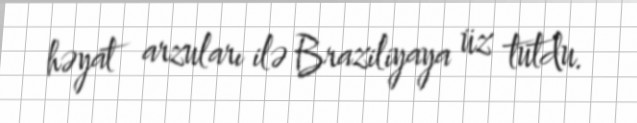
həyat arzuları ilə Braziliyaya üz tutdu.